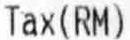
TAX(RM)